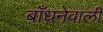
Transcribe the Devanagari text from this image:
बाँधनेवाली